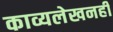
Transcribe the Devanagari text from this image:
काव्यलेखनही